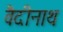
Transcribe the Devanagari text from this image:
वैदीनाथ